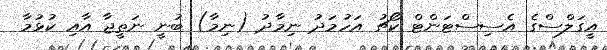
އީގަލްސްގެ އެސިސްޓަންޓް ކޯޗު އަހުމަދު ނިމާދު (ނިމާ) ބުނީ ނަތީޖާ އާއި ކުޅުމާ